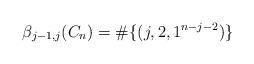
LaTeX: \begin{align*} \beta_{j-1,j}(C_n) = \#\{ (j,2,1^{n-j-2})\} \end{align*}